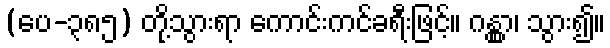
(ပေ-၃၈၅) တို့သွားရာ ကောင်းကင်ခရီးဖြင့်။ ဂန္တွာ၊ သွား၍။